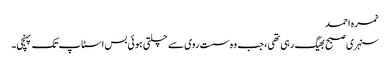
نمرہ احمد
سنہری صبح بھیگ رہی تھی، جب وہ سست روی سے چلتی ہوئی بس اسٹاپ تک پہنچی۔